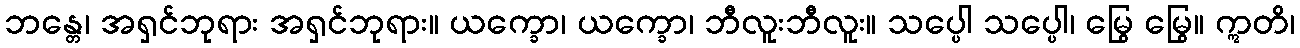
ဘန္တေ၊ အရှင်ဘုရား အရှင်ဘုရား။ ယက္ခော၊ ယက္ခော၊ ဘီလူးဘီလူး။ သပ္ပေါ သပ္ပေါ၊ မြွေ မြွေ။ ဣတိ၊